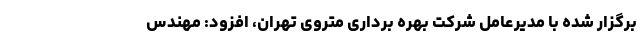
برگزار شده با مدیرعامل شرکت بهره برداری متروی تهران، افزود: مهندس